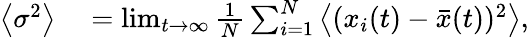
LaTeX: \begin{array}{rl}{\left\langle\sigma^{2}\right\rangle}&{{}=\operatorname*{lim}_{t\rightarrow\infty}\frac{1}{N}\sum_{i=1}^{N}{\left\langle(x_{i}(t)-\bar{x}(t))^{2}\right\rangle},}\end{array}